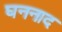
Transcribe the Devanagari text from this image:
घननाद